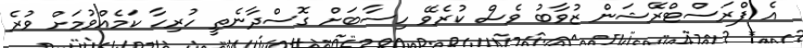
އެ ފްރަސްޓްރޭޝަން ޒުވާބު ވެސް ކުރެވޭ ހިސާބަށް ގޮސްދާނެތީ ހުރިހާ ކަމެއްވުމަށް ވުރެ